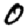
Digit: 0